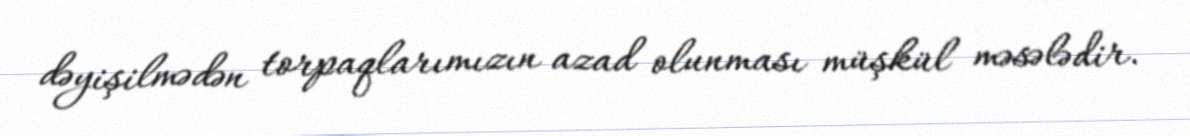
dəyişilmədən torpaqlarımızın azad olunması müşkül məsələdir.